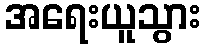
အရေးယူသွား